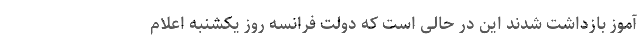
آموز بازداشت شدند این در حالی است که دولت فرانسه روز یکشنبه اعلام